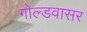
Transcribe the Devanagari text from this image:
गोल्डवासर